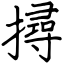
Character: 撏